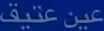
عين عتيق